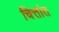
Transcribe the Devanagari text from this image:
चित्तांत